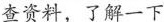
查资料，了解一下